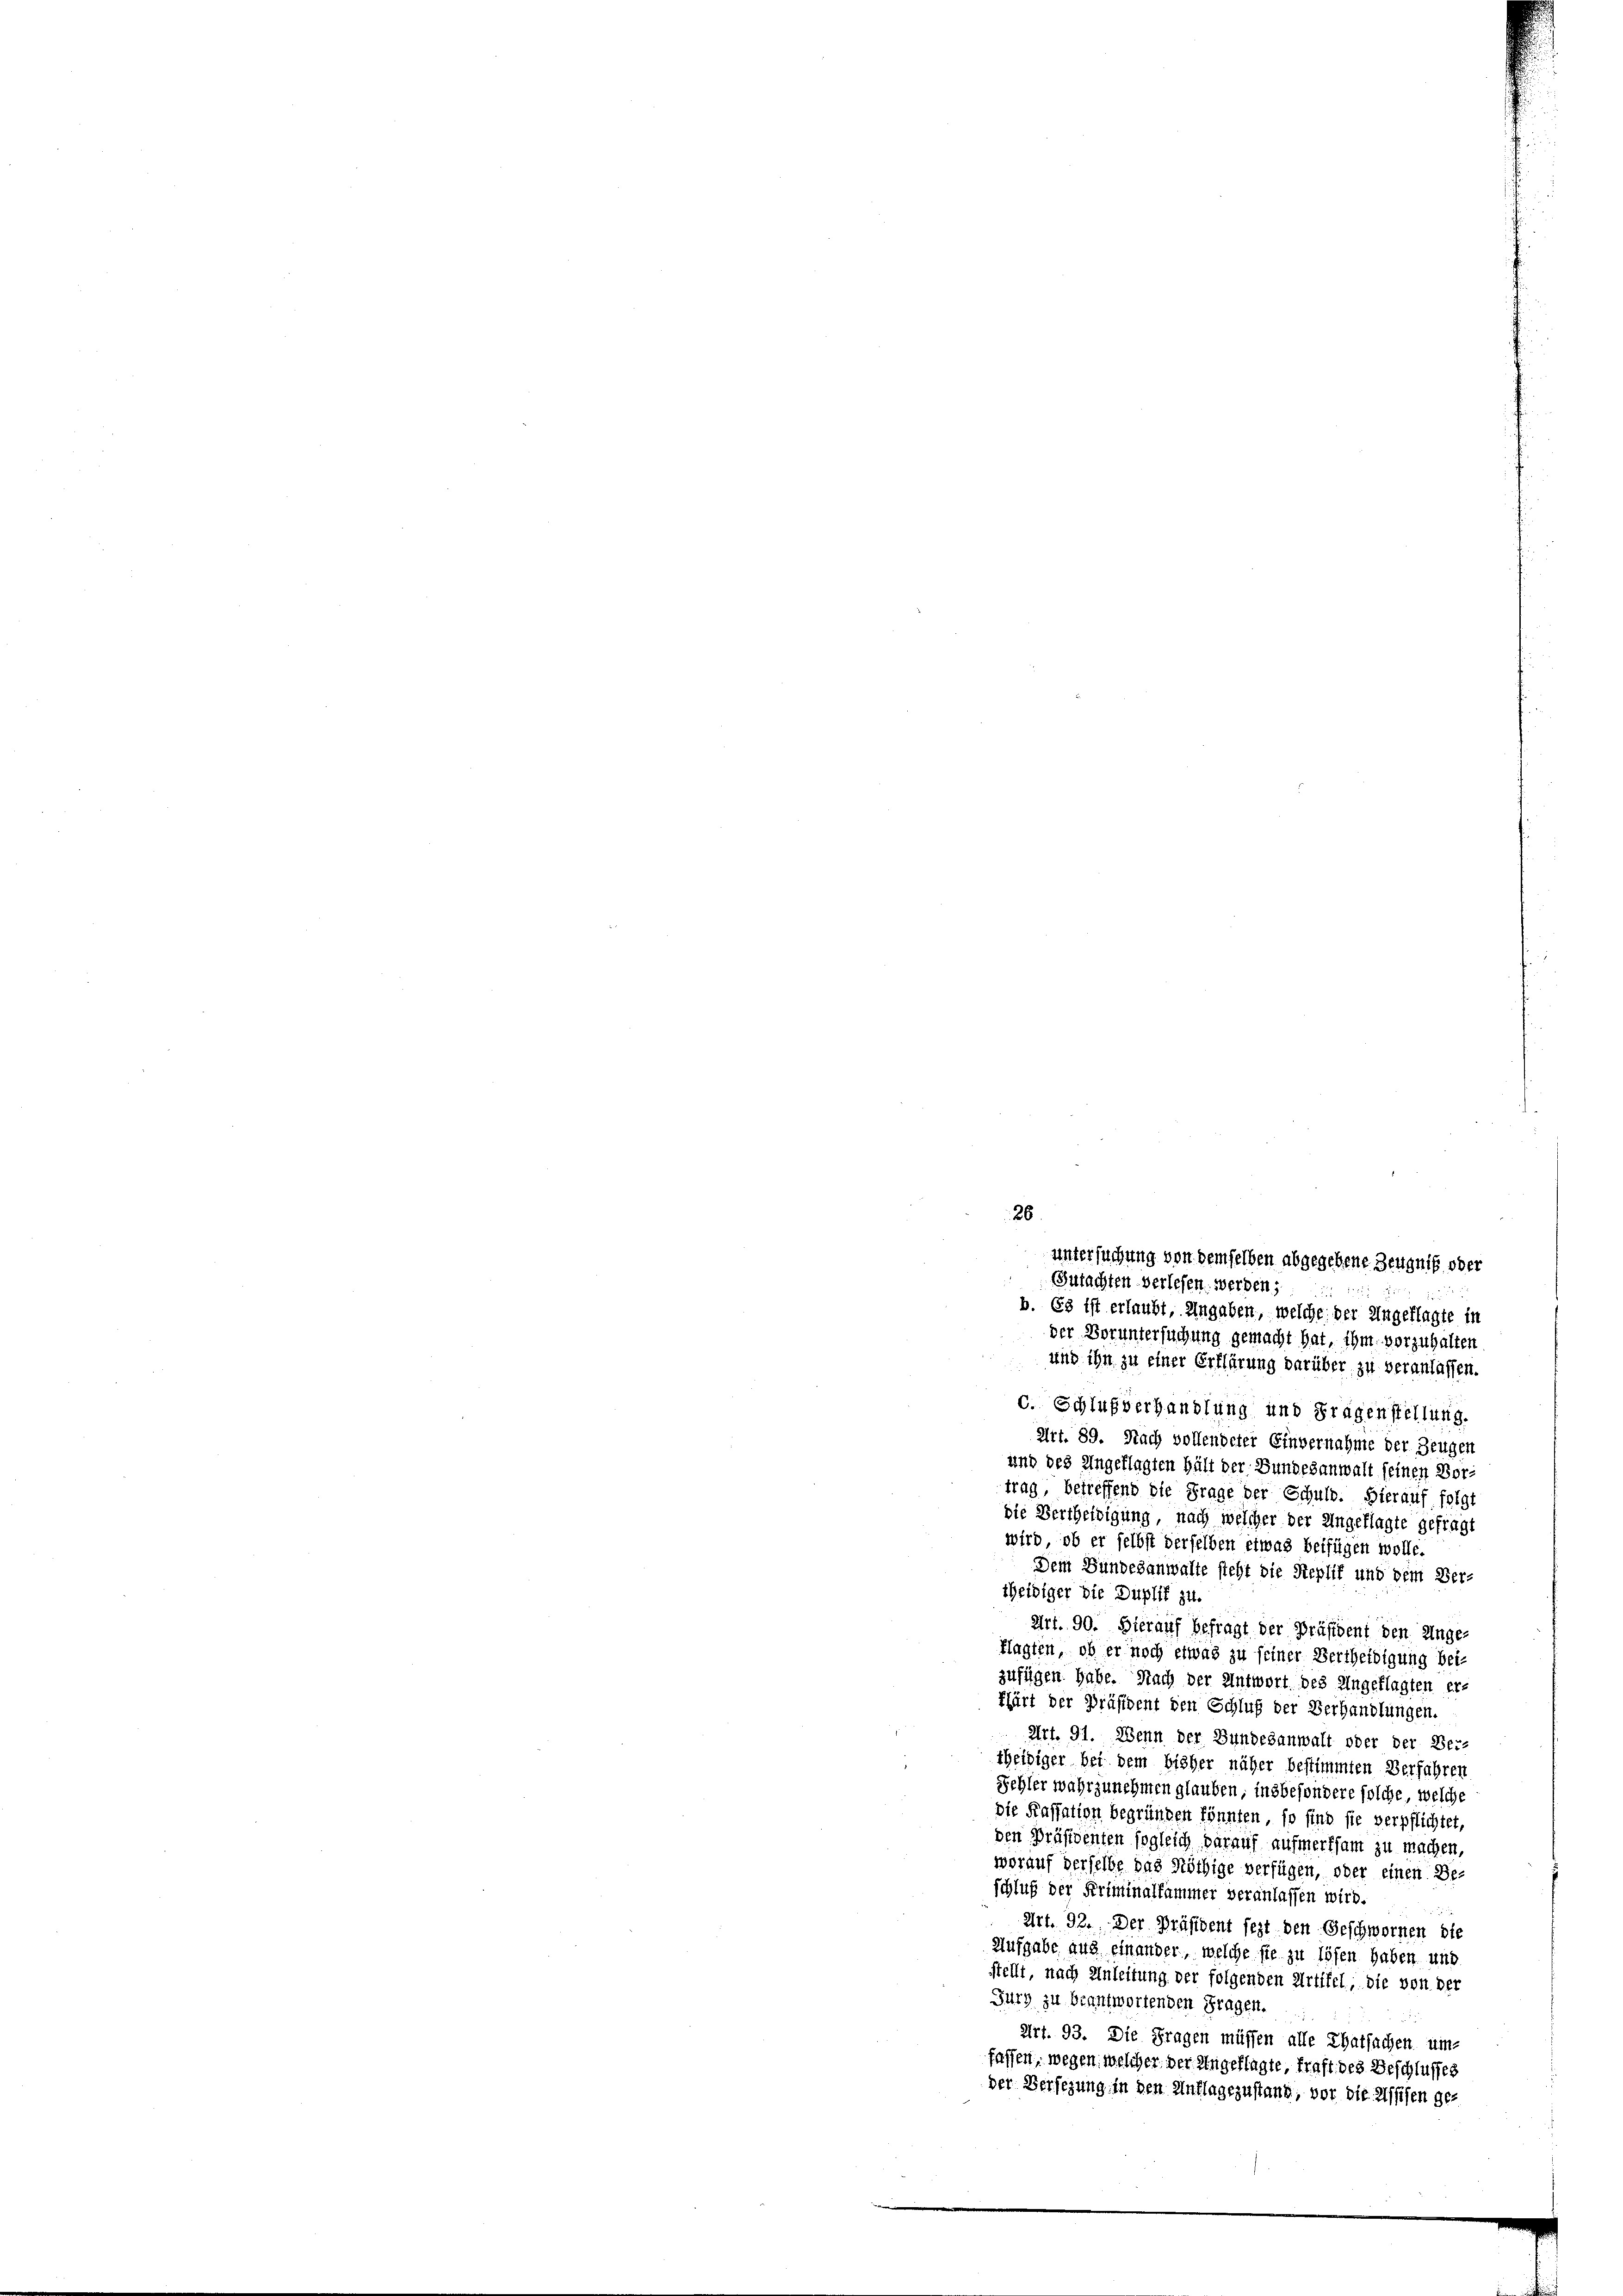
der Voruntersuchung gemacht hat, ihm vorzuhalten
c. Schlußverhandlung und Fragenstellung.
Art. 89. Nach vollendeter Einvernahme der Zeugen
und des Angeklagten hält der Bundesanwalt seinen Vortrag, betreffend die Frage der Schuld. Hierauf folgt
die Vertheidigung, nach welcher der Angeklagte gefragt
wird, ob er selbst derselben etwas beifügen wolle.
Dem Bundesanwalte steht die Replif und dem Ver-
cheidiger die Duplit zu.
Art. 90. Hierauf Befragt der Präsident den Unge-
klagten, ob er noch etwas zu feiner Vertheidigung bei-
zufügen habe. Nach der Antwort des Angeklagten er-
Pfärt der Präsident den Schluß der Verhandlungen.
Art. 91. Wenn der Bundesanwalt oder der Ver-
theidiger bei dem bisher näher bestimmten Verfahren
Sehler wahrzunehmen glauben, insbesondere solche, welche
die Kassation begründen könnten, so find sie verpflichtet,
den Präsidenten sogleich darauf aufmerksam zu machen,
worauf derselbe das Nöthige verfügen, oder einen Be-
schluß der Kriminalfammer veranlassen wird.

Art. 92. Der Präsident sezt den Geschwornen die
Aufgabe aus einander, welche sie zu lösen haben und
stellt, nach Anleitung der folgenden Artikel, die von der
Fury zu beantwortenden Fragen.
Art. 93. Die Fragen müssen alle Thatsachen um-
fassen, wegen welcher der Angeklagte, traft des Beschlusses
der Versezung in den Unflagezustand, vor die Assisen ge-

26
untersuchung von demselben abgegebene Zeugnis oder
Gutachten verlesen werden;
b. Es ist erlaubt, Angaben, welche der Ungeflagte in

und ihn zu einer Erklärung darüber zu veranlassen.